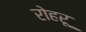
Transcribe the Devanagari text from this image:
रोहरू